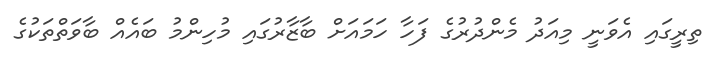
ތިރީގައި އެވަނީ މިއަދު މެންދުރުގެ ފަހާ ހަމައަށް ބާޒާރުގައި މުހިންމު ބައެއް ބާވަތްތަކުގެ